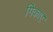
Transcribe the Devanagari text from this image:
गिकाए